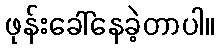
ဖုန်းခေါ်နေခဲ့တာပါ။